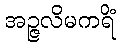
အဉ္ဇလိမကရိံ